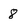
Character: 8